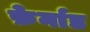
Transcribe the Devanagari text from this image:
फ़ेर्नाड